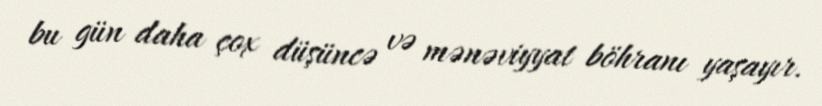
bu gün daha çox düşüncə və mənəviyyat böhranı yaşayır.